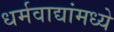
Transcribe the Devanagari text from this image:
धर्मवाद्यांमध्ये